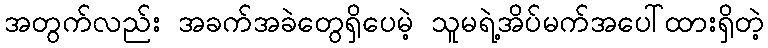
အတွက်လည်း အခက်အခဲတွေရှိပေမဲ့ သူမရဲ့အိပ်မက်အပေါ်ထားရှိတဲ့